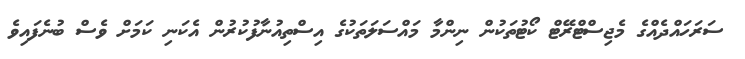
ސަރަހައްދެއްގެ މެޖިސްޓްރޭޓް ކޯޓުތަކުން ނިންމާ މައްސަލަތަކުގެ އިސްތިއުނާފުކުރުން އެކަނި ކަމަށް ވެސް ބުނެފައިވެ